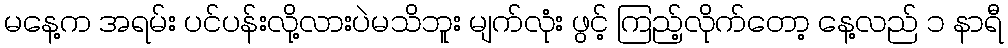
မနေ့က အရမ်း ပင်ပန်းလို့လားပဲမသိဘူး မျက်လုံး ဖွင့် ကြည့်လိုက်တော့ နေ့လည် ၁ နာရီ